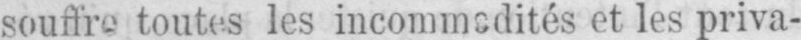
et les priva-